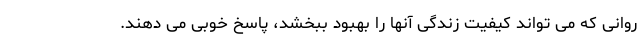
روانی که می تواند کیفیت زندگی آنها را بهبود ببخشد، پاسخ خوبی می دهند.